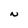
Character: N